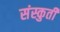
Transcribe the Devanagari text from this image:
संस्कुती